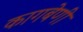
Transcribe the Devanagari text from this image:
कागबेणी